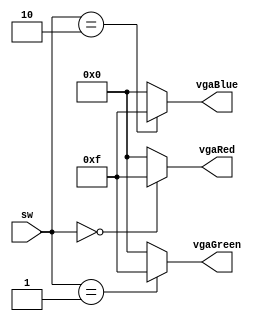
`timescale 1ns / 1ps
//////////////////////////////////////////////////////////////////////////////////
// Company:  ECE3829
//           Tucker Martin
// 
// Design Name: 
// Module Name: seven_seg
// Project Name: 
// Target Devices: 
// Tool Versions: 
// Description: 
// 
// Dependencies: 
// 
// Revision:
// Revision 0.01 - File Created
// Additional Comments:
// 
//////////////////////////////////////////////////////////////////////////////////


module color_logic(
    input [1:0] sw,
    output reg [3:0] vgaRed,
    output reg [3:0] vgaBlue,
    output reg [3:0] vgaGreen 
    );
    always @ (sw)
    begin
        vgaRed = (sw == 2'b00) ? 4'b1111 : 4'b0000;
        vgaGreen = (sw == 2'b01) ? 4'b1111 : 4'b0000;
        vgaBlue = (sw == 2'b10) ? 4'b1111 : 4'b0000;
    end
    
endmodule